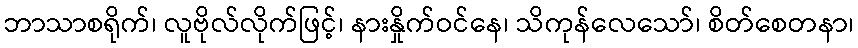
ဘာသာစရိုက်၊ လူဗိုလ်လိုက်ဖြင့်၊ နားနှိုက်ဝင်နေ၊ သိကုန်လေသော်၊ စိတ်စေတနာ၊